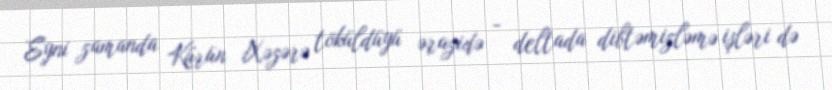
Eyni zamanda Kürün Xəzərə töküldüyü ərazidə - deltada dibtəmizləmə işləri də